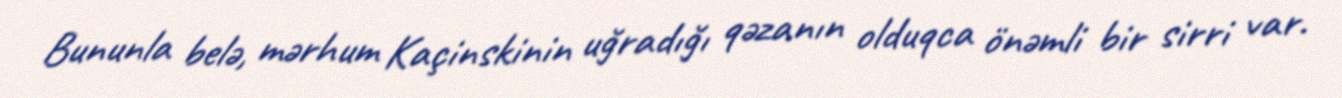
Bununla belə, mərhum Kaçinskinin uğradığı qəzanın olduqca önəmli bir sirri var.